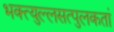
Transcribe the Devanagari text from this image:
भक्त्युल्लसत्पुलकतां